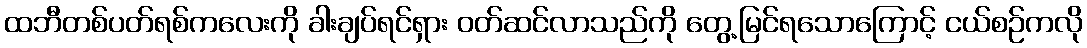
ထဘီတစ်ပတ်ရစ်ကလေးကို ခါးချပ်ရင်ရှား ဝတ်ဆင်လာသည်ကို တွေ့မြင်ရသောကြောင့် ငယ်စဉ်ကလို